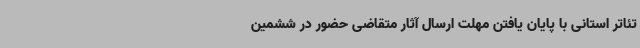
تئاتر استانی با پایان یافتن مهلت ارسال آثار متقاضی حضور در ششمین